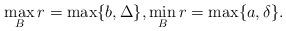
LaTeX: \begin{align*}\max_B r=\max\{b,\Delta\},\min_B r=\max\{a,\delta\}.\end{align*}